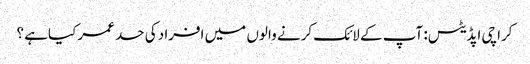
کراچی اپڈیٹس: آپ کے لائک کرنے والوں میں افراد کی حد عمر کیاہے ؟